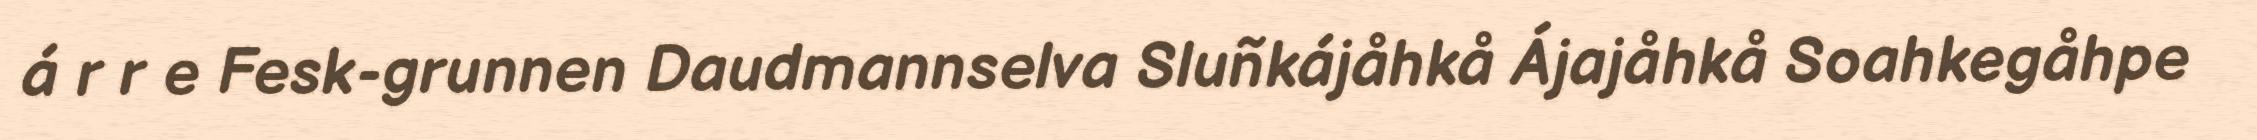
á r r e Fesk-grunnen Daudmannselva Sluñkájåhkå Ájajåhkå Soahkegåhpe